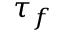
\tau _ { f }